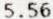
5.56